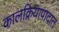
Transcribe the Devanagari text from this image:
कालक्रियापादात